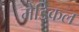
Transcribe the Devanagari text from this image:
मेडिकल